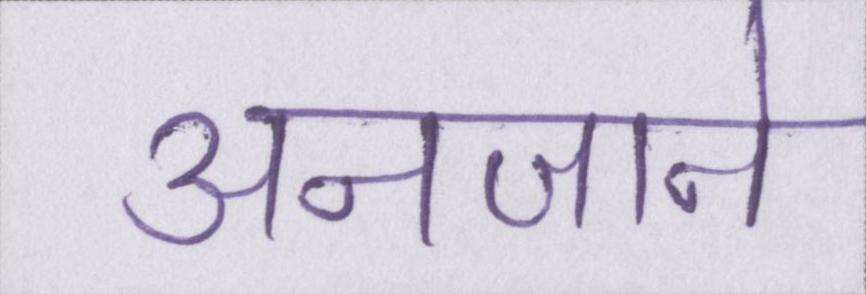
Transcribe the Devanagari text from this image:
अनजाने